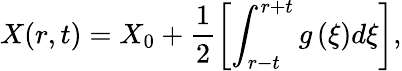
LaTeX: X(r,t)=X_{0}+\frac{1}{2}\left[\int_{r-t}^{r+t}g\left(\xi\right)d\xi\right],